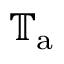
\mathbb { T } _ { \mathrm { a } }